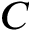
C